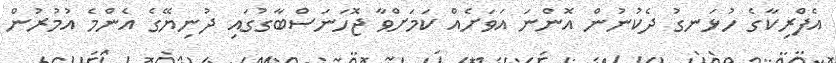
އެފްރިކާގެ ހުޅަނގު ދެކުނުން އޮންނަ އަވަށެއް ކަމަށްވާ ޖޮހަނަސްބާގުގައި ދުނިޔޭގެ އެންމެ އުމުރުން